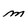
Character: m